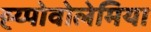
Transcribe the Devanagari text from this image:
ह्य्पोवोलेमिया